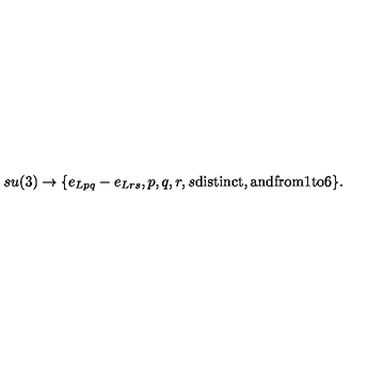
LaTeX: s u ( 3 ) \rightarrow \{ e _ { L p q } - e _ { L r s } , p , q , r , s \mathrm { d i s t i n c t , a n d f r o m } 1 \mathrm { t o } 6 \} .